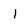
Character: l